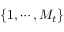
\{ 1 , \cdots , M _ { t } \}